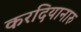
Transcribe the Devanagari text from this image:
करदियानारु